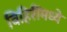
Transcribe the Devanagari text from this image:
विहिरींमध्ये